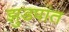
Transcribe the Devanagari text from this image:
झुडपांत